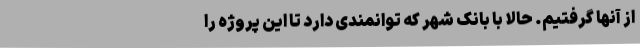
از آنها گرفتیم. حالا با بانک شهر که توانمندی دارد تا این پروژه را